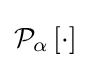
{\mathcal {P}}_{\alpha }\left[\cdot \right]